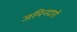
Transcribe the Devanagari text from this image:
जमिनदारी